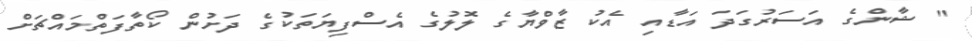
" ޝާންގެ އަސަރުގަދަ އަޑާއި އެކު ޒާވްޔާގެ ލޮލުގެ އެސްފިޔަތަކުގެ ދަށުން ކޯތާފަތްމައްޗަށް